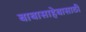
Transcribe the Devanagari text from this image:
बाबासाहेबासाठी